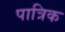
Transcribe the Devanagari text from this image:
पात्रिक